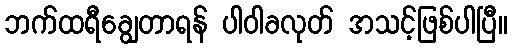
ဘက်ထရီချွေတာရန် ပါဝါခလုတ် အသင့်ဖြစ်ပါပြီ။